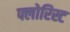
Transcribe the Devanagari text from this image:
फ्लोरिस्ट